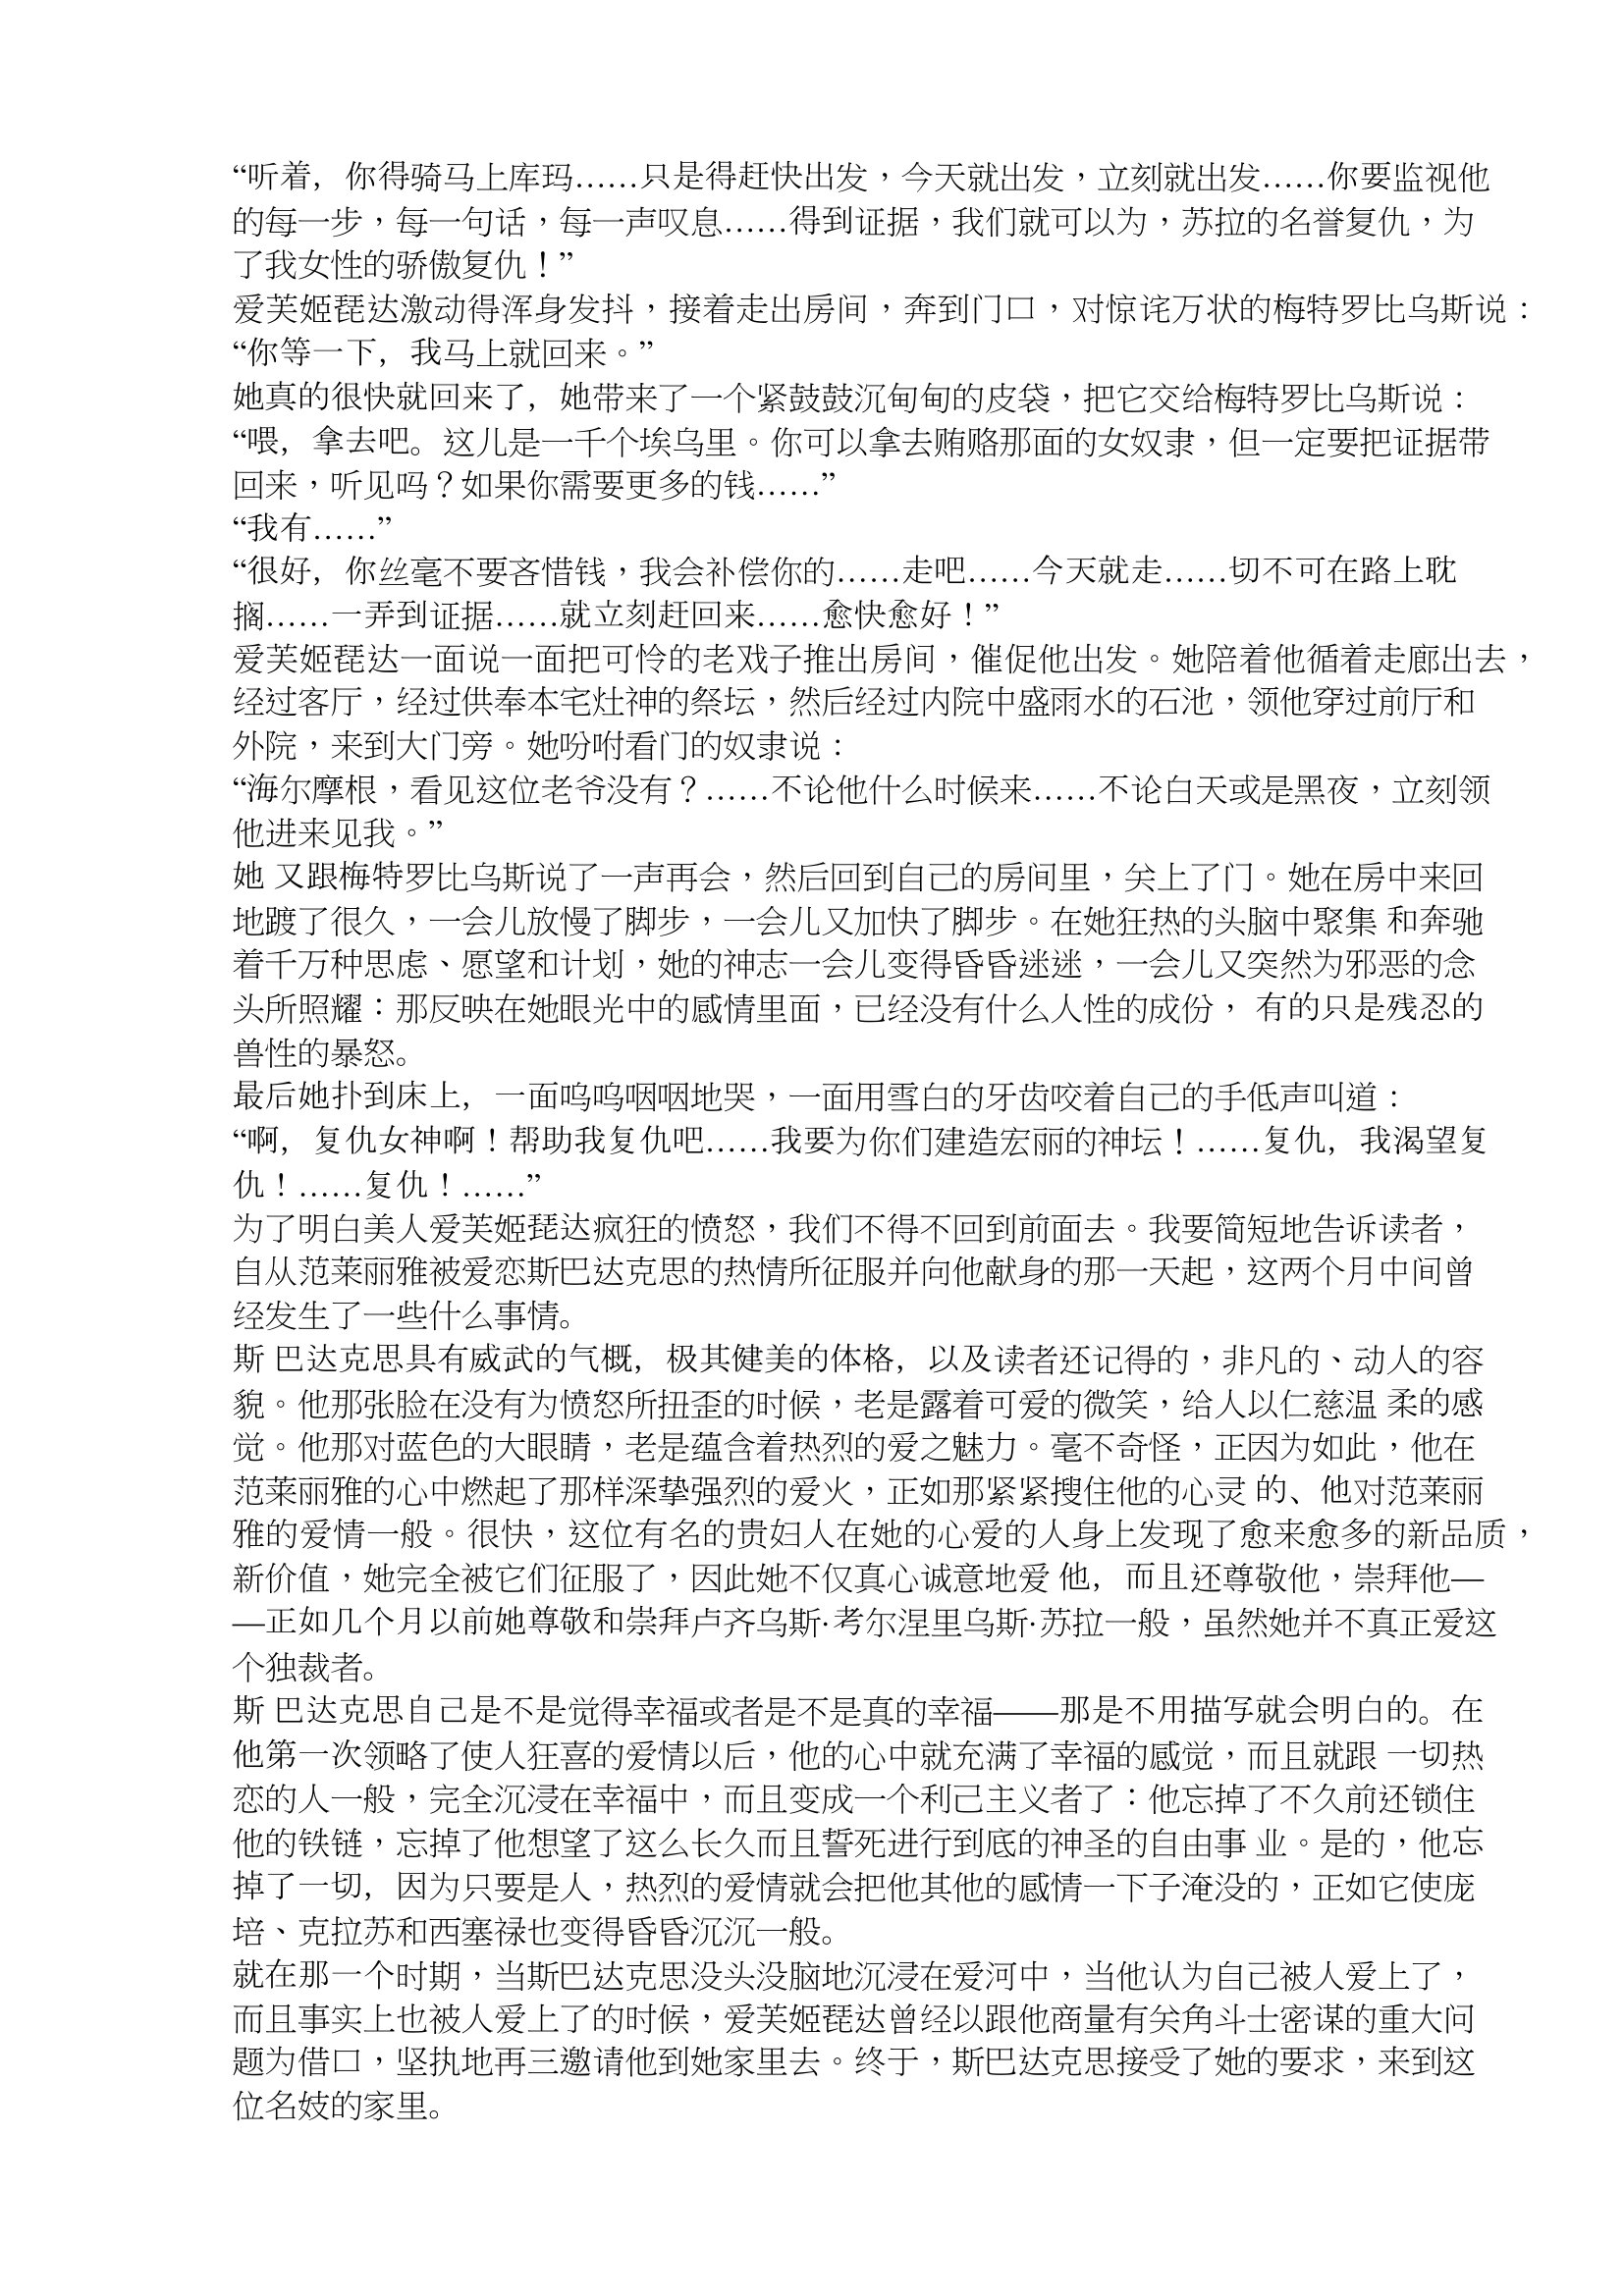
Language: zh